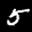
Label: 5